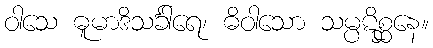
ဝါသေ ဓူမာဒိသင်္ခါရေ၊ ဓိဝါသော သမ္ပဋိစ္ဆနေ။